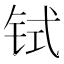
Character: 𫟸